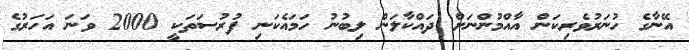
އޭނާގެ ހުނަރުވެރިކަން އާއްމުންނަށް ދައްކާލަން ލިބުނު ހަމައެކަނި ފުރުސަތަކީ 2000 ވަނަ އަހަރުގެ